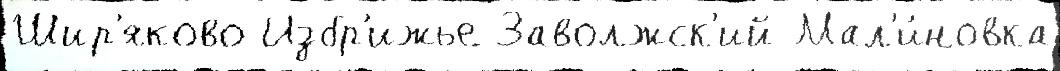
Шир'яково Избр'ижье Заволжск'ий Мал'и́новка